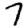
Digit: 7